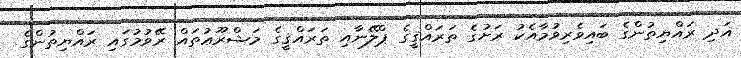
އަދި ރައްޔިތުންގެ ބައިވެރިވުމާއެކު ރަށުގެ ތަރައްޤީގެ ޕްލޭނާއި ތަރައްޤީގެ މަޝްރޫޢުތައް ރޭވުމުގައި ރައްޔިތުންގެ